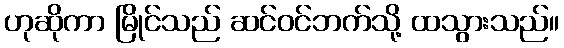
ဟုဆိုကာ မြိုင်သည် ဆင်ဝင်ဘက်သို့ ထသွားသည်။